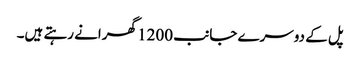
پل کے دوسرے جانب 1200 گھرانے رہتے ہیں۔